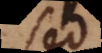
sed